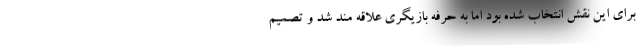
برای این نقش انتخاب شده بود اما به حرفه بازیگری علاقه مند شد و تصمیم